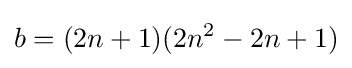
b=(2n+1)(2n^{2}-2n+1)